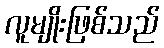
လူမျိုးဖြစ်သည်